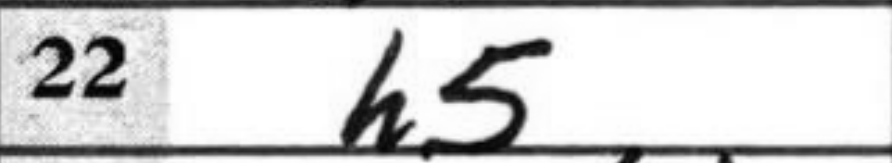
Transcription: h5